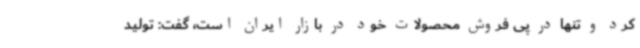
کرد و تنها در پی فروش محصولات خود در بازار ایران است، گفت: تولید